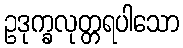
ဥဒုက္ခလုတ္တရပါသော